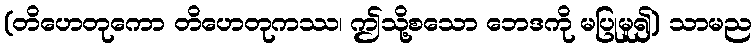
(တိဟေတုကော တိဟေတုကဿ၊ ဤသို့စသော ဘေဒကို မပြုမူ၍) သာမည